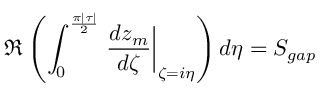
\Re \left( \int _ { 0 } ^ { \frac { \pi | \tau | } { 2 } } \left. \frac { d z _ { m } } { d \zeta } \right| _ { \zeta = i \eta } \right) d \eta = S _ { g a p }